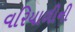
વરિયાળીની